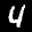
Label: 4